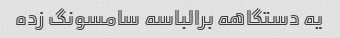
یه دستگاهه برالباسه سامسونگ زده